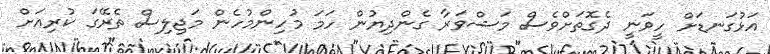
އަޅުގަނޑަށް ހީވަނީ ދެގޮތަށްވެސް މަޝްވަރާ ގެންދިޔުން ހަމަ މުހިންމުހެން މަޖިލިސް ތެރޭގަ ކުރިއަށް